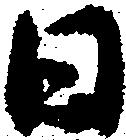
日